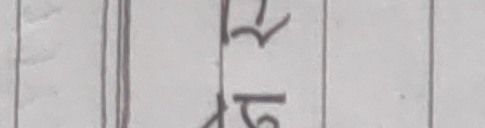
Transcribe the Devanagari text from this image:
रिपु